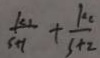
\frac { k _ { 1 } } { s + 1 } + \frac { k _ { 2 } } { s + 2 }